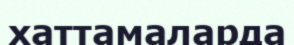
хаттамаларда